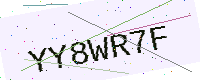
Text: YY8WR7F